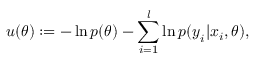
u ( \boldsymbol { \theta } ) : = - \ln { p ( \boldsymbol { \theta } ) } - \sum _ { i = 1 } ^ { l } \ln { p ( \boldsymbol { y } _ { i } | \boldsymbol { x } _ { i } , \boldsymbol { \theta } ) } ,